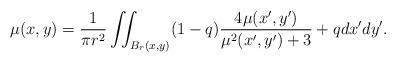
LaTeX: \begin{align*}\mu(x,y)={1\over \pi r^2}\iint_{ B_r(x,y)}(1-q){4\mu(x',y')\over \mu^2(x',y') + 3}+ q dx'dy' .\end{align*}